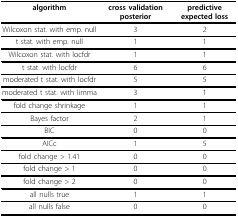
<table><thead><tr><td><b>algorithm</b></td><td><b>cross validation posterior</b></td><td><b>predictive expected loss</b></td></tr></thead><tbody><tr><td>Wilcoxon stat. with emp. null</td><td>3</td><td>2</td></tr><tr><td>t stat. with emp. null</td><td>1</td><td>1</td></tr><tr><td>Wilcoxon stat. with locfdr</td><td>1</td><td>1</td></tr><tr><td>t stat. with locfdr</td><td>6</td><td>6</td></tr><tr><td>moderated t stat. with locfdr</td><td>5</td><td>5</td></tr><tr><td>moderated t stat. with limma</td><td>3</td><td>1</td></tr><tr><td>fold change shrinkage</td><td>1</td><td>1</td></tr><tr><td>Bayes factor</td><td>2</td><td>1</td></tr><tr><td>BIC</td><td>0</td><td>0</td></tr><tr><td>AICc</td><td>1</td><td>5</td></tr><tr><td>fold change &gt; 1.41</td><td>0</td><td>0</td></tr><tr><td>fold change &gt; 1</td><td>0</td><td>0</td></tr><tr><td>fold change &gt; 2</td><td>0</td><td>0</td></tr><tr><td>all nulls true</td><td>1</td><td>1</td></tr><tr><td>all nulls false</td><td>0</td><td>0</td></tr></tbody></table>